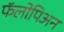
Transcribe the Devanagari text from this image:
फॅलोपिअन